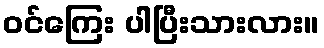
ဝင်ကြေး ပါပြီးသားလား။